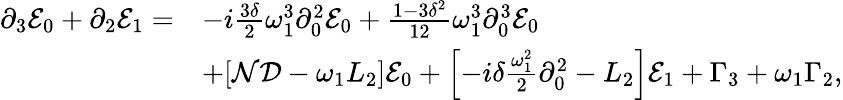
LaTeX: \begin{array}{rl}{\partial_{3}\mathcal{E}_{0}+\partial_{2}\mathcal{E}_{1}=}&{-i\frac{3\delta}{2}\omega_{1}^{3}\partial_{0}^{2}\mathcal{E}_{0}+\frac{1-3\delta^{2}}{12}\omega_{1}^{3}\partial_{0}^{3}\mathcal{E}_{0}}\\ &{+[\mathcal{N}\mathcal{D}-\omega_{1}L_{2}]\mathcal{E}_{0}+\left[-i\delta\frac{\omega_{1}^{2}}{2}\partial_{0}^{2}-L_{2}\right]\mathcal{E}_{1}+\Gamma_{3}+\omega_{1}\Gamma_{2},}\end{array}